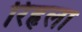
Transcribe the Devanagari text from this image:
रिहृला